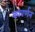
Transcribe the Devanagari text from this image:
कावर्णन